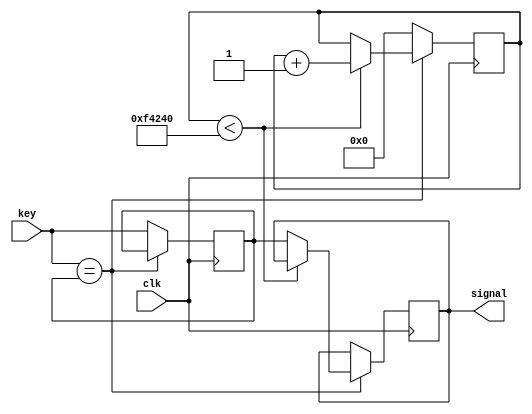
module Killshake
(
    input   clk,    // 
    input   key,    // 
    output  signal  // 
);

    parameter   DEBOUNCE_TIME = 1000000;    // ,1/50s
    reg [19:0]  count;                      // DEBOUNCE_TIME
    reg         key_state;                  // 
    reg         signal_reg;                 // always

    always @(posedge clk) begin
        if (key == key_state) begin
            // 
            if (count < DEBOUNCE_TIME) 
                count <= count + 1;
            else
                signal_reg <= key_state; // 
        end else begin
            // 
            count <= 0;
            key_state <= key;
        end
    end

    assign signal = signal_reg;

endmodule